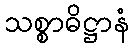
သစ္စာဓိဋ္ဌာနံ